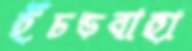
ইঁচড়বাহা